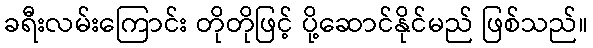
ခရီးလမ်းကြောင်း တိုတိုဖြင့် ပို့ဆောင်နိုင်မည် ဖြစ်သည်။